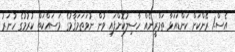
އެސް.1 ރޭންކަށް ކަންޑައަޅާ ތަމްރީނެއް ހާސިލުކޮށްފައި ވުން ނުވަތަމަޤާމުގެ މަސައްކަތް ކުރުމުގެ ހުނަރު